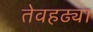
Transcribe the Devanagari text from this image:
तेवहढ्या